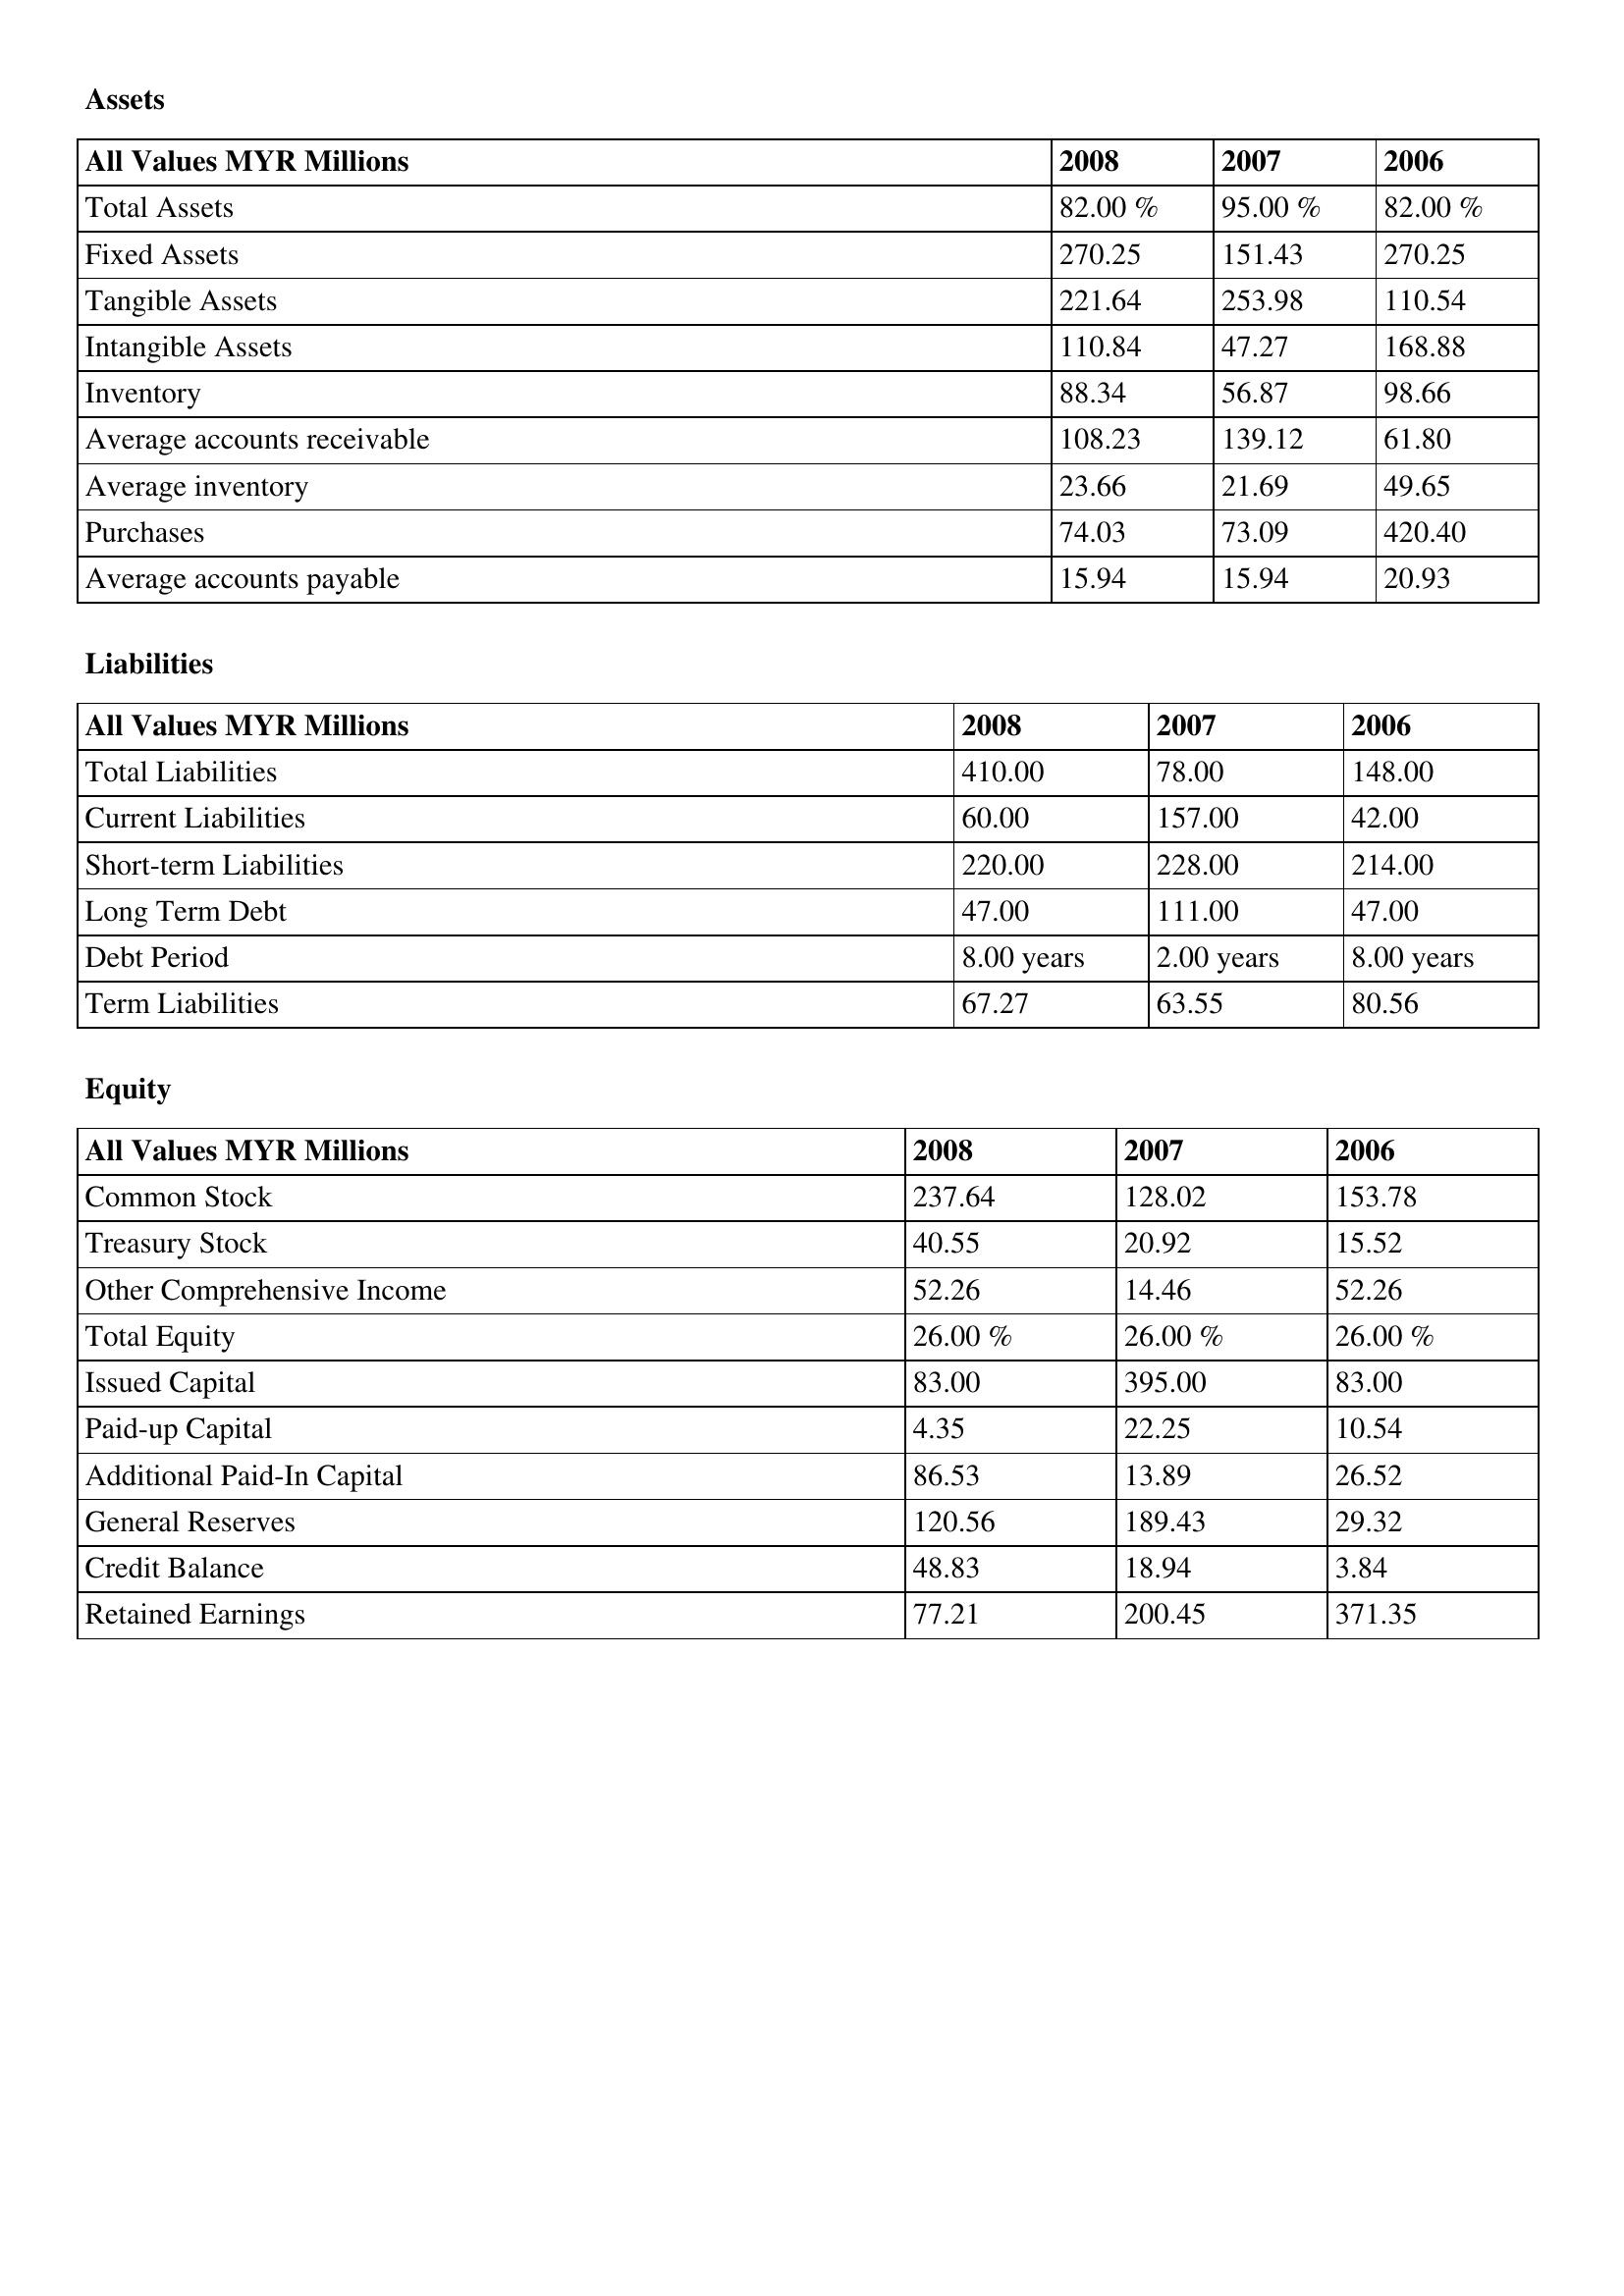
gt_parse: 2008: Assets: Total Assets: 82.00 %
Fixed Assets: 270.25
Tangible Assets: 221.64
Intangible Assets: 110.84
Inventory: 88.34
Average accounts receivable: 108.23
Average inventory: 23.66
Purchases: 74.03
Average accounts payable: 15.94
Liabilities: Total Liabilities: 410.00
Current Liabilities: 60.00
Short-term Liabilities: 220.00
Long Term Debt: 47.00
Debt Period: 8.00 years
Term Liabilities: 67.27
Equity: Common Stock: 237.64
Treasury Stock: 40.55
Other Comprehensive Income: 52.26
Total Equity: 26.00 %
Issued Capital: 83.00
Paid-up Capital: 4.35
Additional Paid-In Capital: 86.53
General Reserves: 120.56
Credit Balance: 48.83
Retained Earnings: 77.21
2007: Assets: Total Assets: 95.00 %
Fixed Assets: 151.43
Tangible Assets: 253.98
Intangible Assets: 47.27
Inventory: 56.87
Average accounts receivable: 139.12
Average inventory: 21.69
Purchases: 73.09
Average accounts payable: 15.94
Liabilities: Total Liabilities: 78.00
Current Liabilities: 157.00
Short-term Liabilities: 228.00
Long Term Debt: 111.00
Debt Period: 2.00 years
Term Liabilities: 63.55
Equity: Common Stock: 128.02
Treasury Stock: 20.92
Other Comprehensive Income: 14.46
Total Equity: 26.00 %
Issued Capital: 395.00
Paid-up Capital: 22.25
Additional Paid-In Capital: 13.89
General Reserves: 189.43
Credit Balance: 18.94
Retained Earnings: 200.45
2006: Assets: Total Assets: 82.00 %
Fixed Assets: 270.25
Tangible Assets: 110.54
Intangible Assets: 168.88
Inventory: 98.66
Average accounts receivable: 61.80
Average inventory: 49.65
Purchases: 420.40
Average accounts payable: 20.93
Liabilities: Total Liabilities: 148.00
Current Liabilities: 42.00
Short-term Liabilities: 214.00
Long Term Debt: 47.00
Debt Period: 8.00 years
Term Liabilities: 80.56
Equity: Common Stock: 153.78
Treasury Stock: 15.52
Other Comprehensive Income: 52.26
Total Equity: 26.00 %
Issued Capital: 83.00
Paid-up Capital: 10.54
Additional Paid-In Capital: 26.52
General Reserves: 29.32
Credit Balance: 3.84
Retained Earnings: 371.35